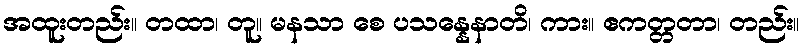
အထူးတည်း။ တထာ၊ တူ။ မနသာ စေ ပသန္နေနာတိ၊ ကား။ ဧကတ္တတာ၊ တည်း။